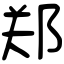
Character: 郑